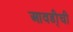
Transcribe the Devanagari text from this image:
आवडी्ची